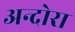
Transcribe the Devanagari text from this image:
अन्दोरा